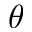
\theta